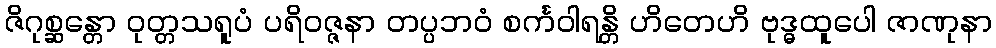
ဇိဂုစ္ဆန္တော ဝုတ္တသရူပံ ပရိဝဇ္ဇနာ တပ္ပဘဝံ စင်္ကဝါရန္တိ ဟိတေဟိ ဗုဒ္ဓထူပေါ ဇာဏုနာ